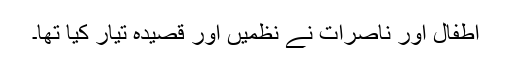
اطفال اور ناصرات نے نظمیں اور قصیدہ تیار کیا تھا۔